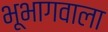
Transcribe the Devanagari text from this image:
भूभागवाला